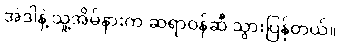
အဲဒါနဲ့ သူ့အိမ်နားက ဆရာဝန်ဆီ သွားပြန်တယ်။